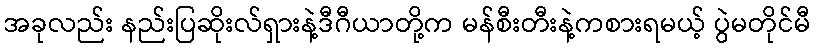
အခုလည်း နည်းပြဆိုးလ်ရှားနဲ့ဒီဂီယာတို့က မန်စီးတီးနဲ့ကစားရမယ့် ပွဲမတိုင်မီ